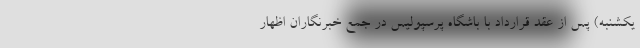
یکشنبه) پس از عقد قرارداد با باشگاه پرسپولیس در جمع خبرنگاران اظهار